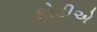
ફોડીએ